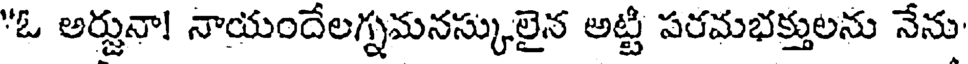
"ఓ అర్జునా! నాయందేలగ్నమనస్కులైన అట్టి పరమభక్తులను నేను